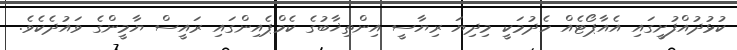
ކުޅުދުއްފުށީގައި އެއާޕޯޓެއް ހެދުމަަކީ މިދިޔަ ރިޔާސީ އިންތިޚާބުގެ ކެމްޕެއިންގައި ރައީސް ޔާމީންގެ ވައުދެކެވެ.